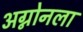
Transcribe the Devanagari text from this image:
अग्नोनला